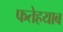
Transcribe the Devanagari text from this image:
फतेहयाब